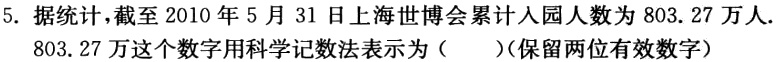
5. 据统计，截至2010年5月31日上海世博会累计入园人数为803.27万人.
803.27万这个数字用科学记数法表示为（  ）（保留两位有效数字）